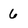
Character: 6